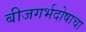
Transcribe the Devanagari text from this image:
बीजगर्भदोषाचा